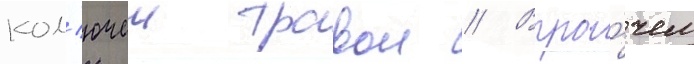
кол'ючеи травои // Впро́чем